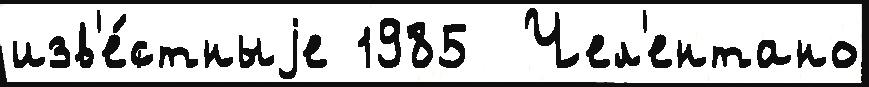
изв'е́стныjе 1985  Чел'ентано